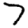
Digit: 7